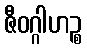
ဇီဝဂ္ဂါဟဉ္စ